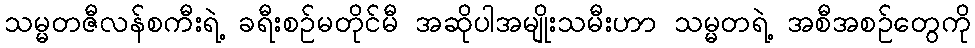
သမ္မတဇီလန်စကီးရဲ့ ခရီးစဉ်မတိုင်မီ အဆိုပါအမျိုးသမီးဟာ သမ္မတရဲ့ အစီအစဉ်တွေကို